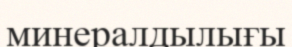
минералдылығы